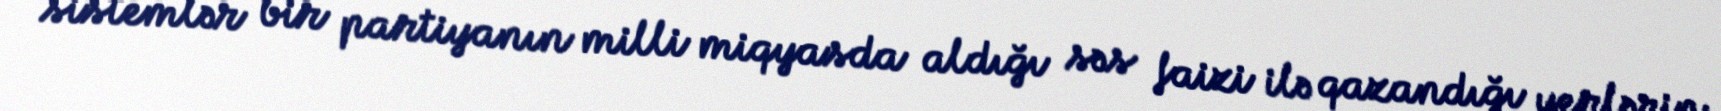
sistemlər bir partiyanın milli miqyasda aldığı səs faizi ilə qazandığı yerlərin